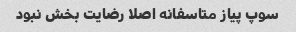
سوپ پیاز متاسفانه اصلا رضایت بخش نبود